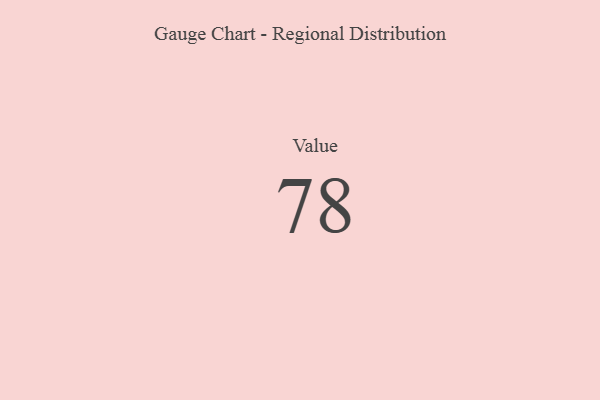
{"axis": {"x": "Metric", "y": "Value"}, "legend": [""], "data": [{"x": "Value", "y": 78, "type": ""}]}